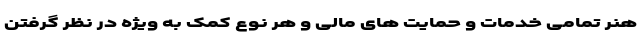
هنر تمامی خدمات و حمایت های مالی و هر نوع کمک به ویژه در نظر گرفتن